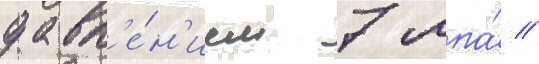
давл'е́н'ием 7 мпа́ //